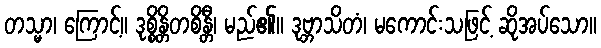
တသ္မာ၊ ကြောင့်။ ဒုစ္စိန္တိတစိန္တီ၊ မည်၏။ ဒုဗ္ဘာသိတံ၊ မကောင်းသဖြင့် ဆိုအပ်သော။